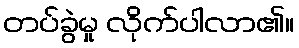
တပ်ခွဲမှု လိုက်ပါလာ၏။